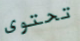
تحتوى